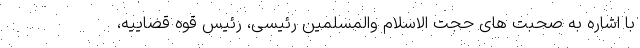
با اشاره به صحبت های حجت الاسلام والمسلمین رئیسی، رئیس قوه قضاییه،